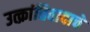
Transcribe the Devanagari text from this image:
उत्क्रांतिवादाचे